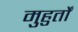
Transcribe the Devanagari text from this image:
मुहुर्तों